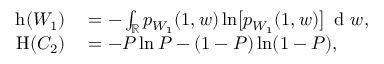
\begin{array} { r l } { \operatorname { h } ( W _ { 1 } ) } & { { } = - \int _ { \mathbb { R } } p _ { W _ { 1 } } ( 1 , w ) \ln \bigl [ p _ { W _ { 1 } } ( 1 , w ) \bigr ] \, \mathrm { ~ d ~ } w , } \\ { \operatorname { H } ( C _ { 2 } ) } & { { } = - P \ln P - ( 1 - P ) \ln ( 1 - P ) , } \end{array}